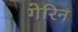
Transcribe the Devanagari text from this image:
गेरिन